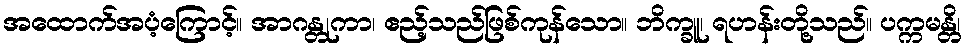
အထောက်အပံ့ကြောင့်။ အာဂန္တုကာ၊ ဧည့်သည်ဖြစ်ကုန်သော။ ဘိက္ခူ၊ ရဟန်းတို့သည်။ ပက္ကမန္တိ၊